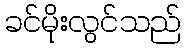
ခင်မိုးလွင်သည်